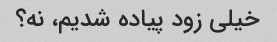
خیلی زود پیاده شدیم، نه؟